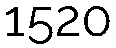
1520